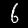
Digit: 6